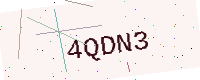
Text: 4QDN3